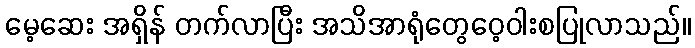
မေ့ဆေး အရှိန် တက်လာပြီး အသိအာရုံတွေဝေ့ဝါးစပြုလာသည်။